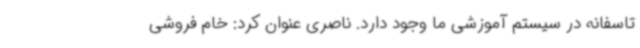
تاسفانه در سیستم آموزشی ما وجود دارد. ناصری عنوان کرد: خام فروشی